Annual administration report of the Civil Veterinary Department of India - 1898-1899
Year: 1898
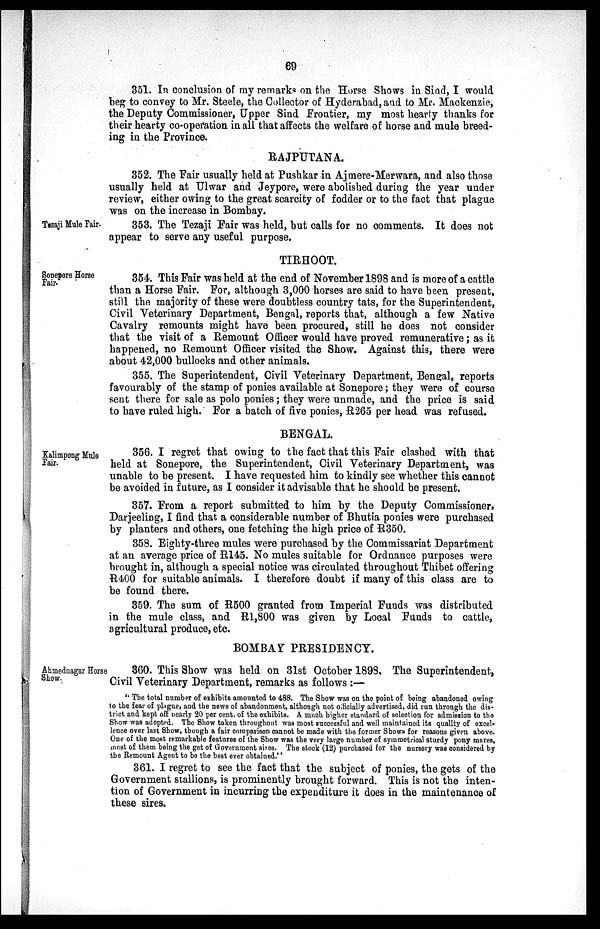
69
351. In conclusion of my remarks on the Horse Shows in Sind, I would
beg to convey to Mr. Steele, the Collector of Hyderabad, and to Mr. Mackenzie,
the Deputy Commissioner, Upper Sind Frontier, my most hearty thanks for
their hearty co-operation in all that affects the welfare of horse and mule breed-
ing in the Province.
RAJPUTANA.
352. The Fair usually held at Pushkar in Ajmere-Merwara, and also those
usually held at Ulwar and Jeypore, were abolished during the year under
review, either owing to the great scarcity of fodder or to the fact that plague
was on the increase in Bombay.
Tezaji Mule Fair.
353. The Tezaji Fair was held, but calls for no comments. It does not
appear to serve any useful purpose.
TIRHOOT.
Sonepore Horse
Fair.
354. This Fair was held at the end of November 1898 and is more of a cattle
than a Horse Fair. For, although 3,000 horses are said to have been present,
still the majority of these were doubtless country tats, for the Superintendent,
Civil Veterinary Department, Bengal, reports that, although a few Native
Cavalry remounts might have been procured, still he does not consider
that the visit of a Remount Officer would have proved remunerative; as it
happened, no Remount Officer visited the Show. Against this, there were
about 42,000 bullocks and other animals.
355. The Superintendent, Civil Veterinary Department, Bengal, reports
favourably of the stamp of ponies available at Sonepore; they were of course
sent there for sale as polo ponies; they were unmade, and the price is said
to have ruled high. For a batch of five ponies, R265 per head was refused.
BENGAL.
Kalimpong Mule
Fair.
356. I regret that owing to the fact that this Fair clashed with that
held at Sonepore, the Superintendent, Civil Veterinary Department, was
unable to be present. I have requested him to kindly see whether this cannot
be avoided in future, as I consider it advisable that he should be present.
357. From a report submitted to him by the Deputy Commissioner,
Darjeeling, I find that a considerable number of Bhutia ponies were purchased
by planters and others, one fetching the high price of R350.
358. Eighty-three mules were purchased by the Commissariat Department
at an average price of R145. No mules suitable for Ordnance purposes were
brought in, although a special notice was circulated throughout Thibet offering
R400 for suitable animals. I therefore doubt if many of this class are to
be found there.
359. The sum of R500 granted from Imperial Funds was distributed
in the mule class, and R1,800 was given by Local Funds to cattle,
agricultural produce, etc.
BOMBAY PRESIDENCY.
Ahmednagar Horse
Show.
360. This Show was held on 31st October 1898. The Superintendent,
Civil Veterinary Department, remarks as follows:—
"The total number of exhibits amounted to 488. The Show was on the point of being abandoned owing
to the fear of plague, and the news of abandonment, although not officially advertised, did run through the dis-
trict and kept off nearly 20 per cent. of the exhibits. A much higher standard of selection for admission to the
Show was adopted. The Show taken throughout was most successful and well maintained its quality of excel-
lence over last Show, though a fair comparison cannot be made with the former Shows for reasons given above.
One of the most remarkable features of the Show was the very large number of symmetrical sturdy pony mares,
most of them being the get of Government sires. The stock (12) purchased for the nursery was considered by
the Remount Agent to be the best ever obtained.''
361. I regret to see the fact that the subject of ponies, the gets of the
Government stallions, is prominently brought forward. This is not the inten-
tion of Government in incurring the expenditure it does in the maintenance of
these sires.